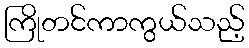
ကြိုတင်ကာကွယ်သည့်